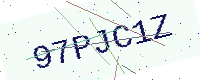
Text: 97PJC1Z